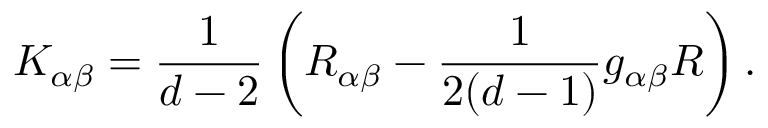
K _ { \alpha \beta } = \frac { 1 } { d - 2 } \, \bigg ( R _ { \alpha \beta } - \frac { 1 } { 2 ( d - 1 ) } g _ { \alpha \beta } R \bigg ) \, .